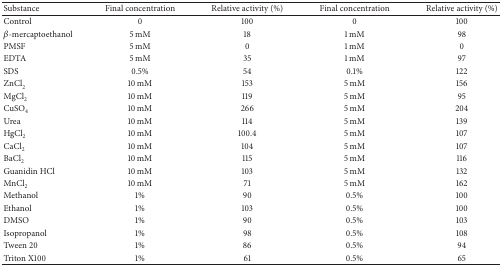
| Substance | Final concentration | Relative activity (%) | Final concentration | Relative activity (%) |
 | --- | --- | --- | --- | --- |
 | Control | 0 | 100 | 0 | 100 |
 | β-mercaptoethanol | 5 mM | 18 | 1 mM | 98 |
 | PMSF | 5 mM | 0 | 1 mM | 0 |
 | EDTA | 5 mM | 35 | 1 mM | 97 |
 | SDS | 0.5% | 54 | 0.1% | 122 |
 | ZnCl2 | 10 mM | 153 | 5 mM | 156 |
 | MgCl2 | 10 mM | 119 | 5 mM | 95 |
 | CuSO4 | 10 mM | 266 | 5 mM | 204 |
 | Urea | 10 mM | 114 | 5 mM | 139 |
 | HgCl2 | 10 mM | 100.4 | 5 mM | 107 |
 | CaCl2 | 10 mM | 104 | 5 mM | 107 |
 | BaCl2 | 10 mM | 115 | 5 mM | 116 |
 | Guanidin HCl | 10 mM | 103 | 5 mM | 132 |
 | MnCl2 | 10 mM | 71 | 5 mM | 162 |
 | Methanol | 1% | 90 | 0.5% | 100 |
 | Ethanol | 1% | 103 | 0.5% | 100 |
 | DMSO | 1% | 90 | 0.5% | 103 |
 | Isopropanol | 1% | 98 | 0.5% | 108 |
 | Tween 20 | 1% | 86 | 0.5% | 94 |
 | Triton X100 | 1% | 61 | 0.5% | 65 |